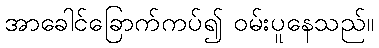
အာခေါင်ခြောက်ကပ်၍ ဝမ်းပူနေသည်။